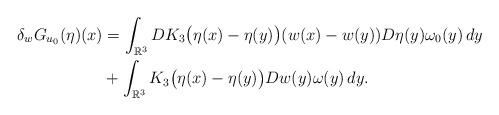
LaTeX: \begin{align*} \delta_w G_{u_0}(\eta) (x) &= \int_{\mathbb{R}^3} DK_3\big( \eta(x) - \eta(y) \big) (w(x)-w(y)) D\eta(y) \omega_0(y) \, dy \\ &+ \int_{\mathbb{R}^3} K_3\big( \eta(x) - \eta(y) \big) Dw(y) \omega(y) \, dy. \end{align*}